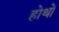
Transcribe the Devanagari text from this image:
होथों